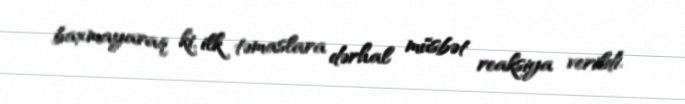
baxmayaraq ki, ilk təmaslara dərhal müsbət reaksiya verildi.